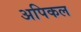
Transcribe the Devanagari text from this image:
अपिकल